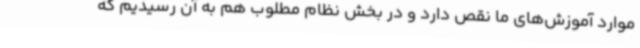
موارد آموزش‌های ما نقص دارد و در بخش نظام مطلوب هم به آن رسیدیم که